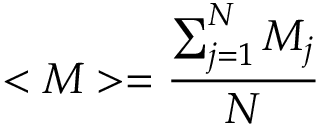
< M > = \frac { \sum _ { j = 1 } ^ { N } M _ { j } } { N }